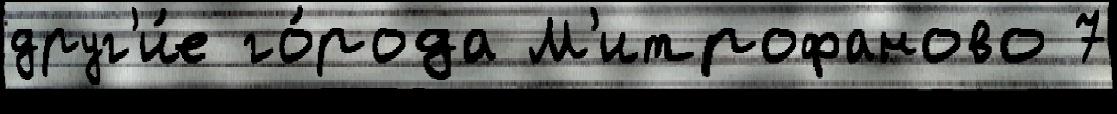
друг'и́е го́рода М'итрофаново 7